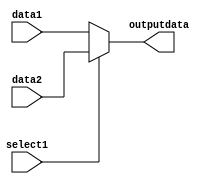
module mux2to1 (
    input wire select1,     // Select signal
    input wire [31:0] data1,// 32-bit input data
	 input wire [31:0] data2,// 32-bit input data
    output wire [31:0] outputdata // 32-bit output
);

assign outputdata = (select1) ? data2 : data1;

endmodule